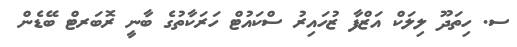
ސ. ހިތަދޫ ލިލަކް އަޒްފާ ޒުހައިރު ސްކައުޓް ހަރަކާތުގެ ބާނީ ރޮބަރޓް ބޭޑެން